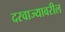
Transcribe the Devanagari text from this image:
दरवाज्यावरील